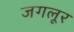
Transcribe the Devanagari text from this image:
जगलूर